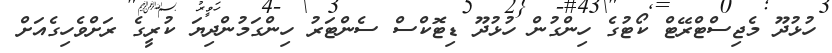
ހުޅުދޫ މެޖިސްޓްރޭޓް ކޯޓުގެ ހިންގުން ހުޅުދޫ ޑިޓޮކްސް ސެންޓަރު ހިންގަމުންދިޔަ ކުރީގެ ރަށްވެހިގެއަށް